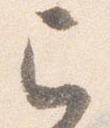
已